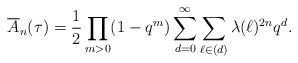
\begin{align*}\overline{A}_n(\tau)=\frac{1}{2}\prod_{m>0}(1-q^m)\sum_{d=0}^{\infty}\sum_{\ell\in (d)}\lambda(\ell)^{2n}q^d.\end{align*}